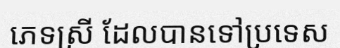
ភេទស្រី ដែលបានទៅប្រទេស